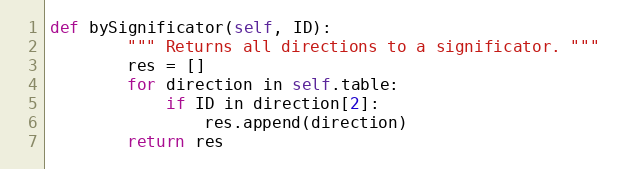
Language: Python
def bySignificator(self, ID):
        """ Returns all directions to a significator. """
        res = []
        for direction in self.table:
            if ID in direction[2]:
                res.append(direction)
        return res